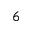
6